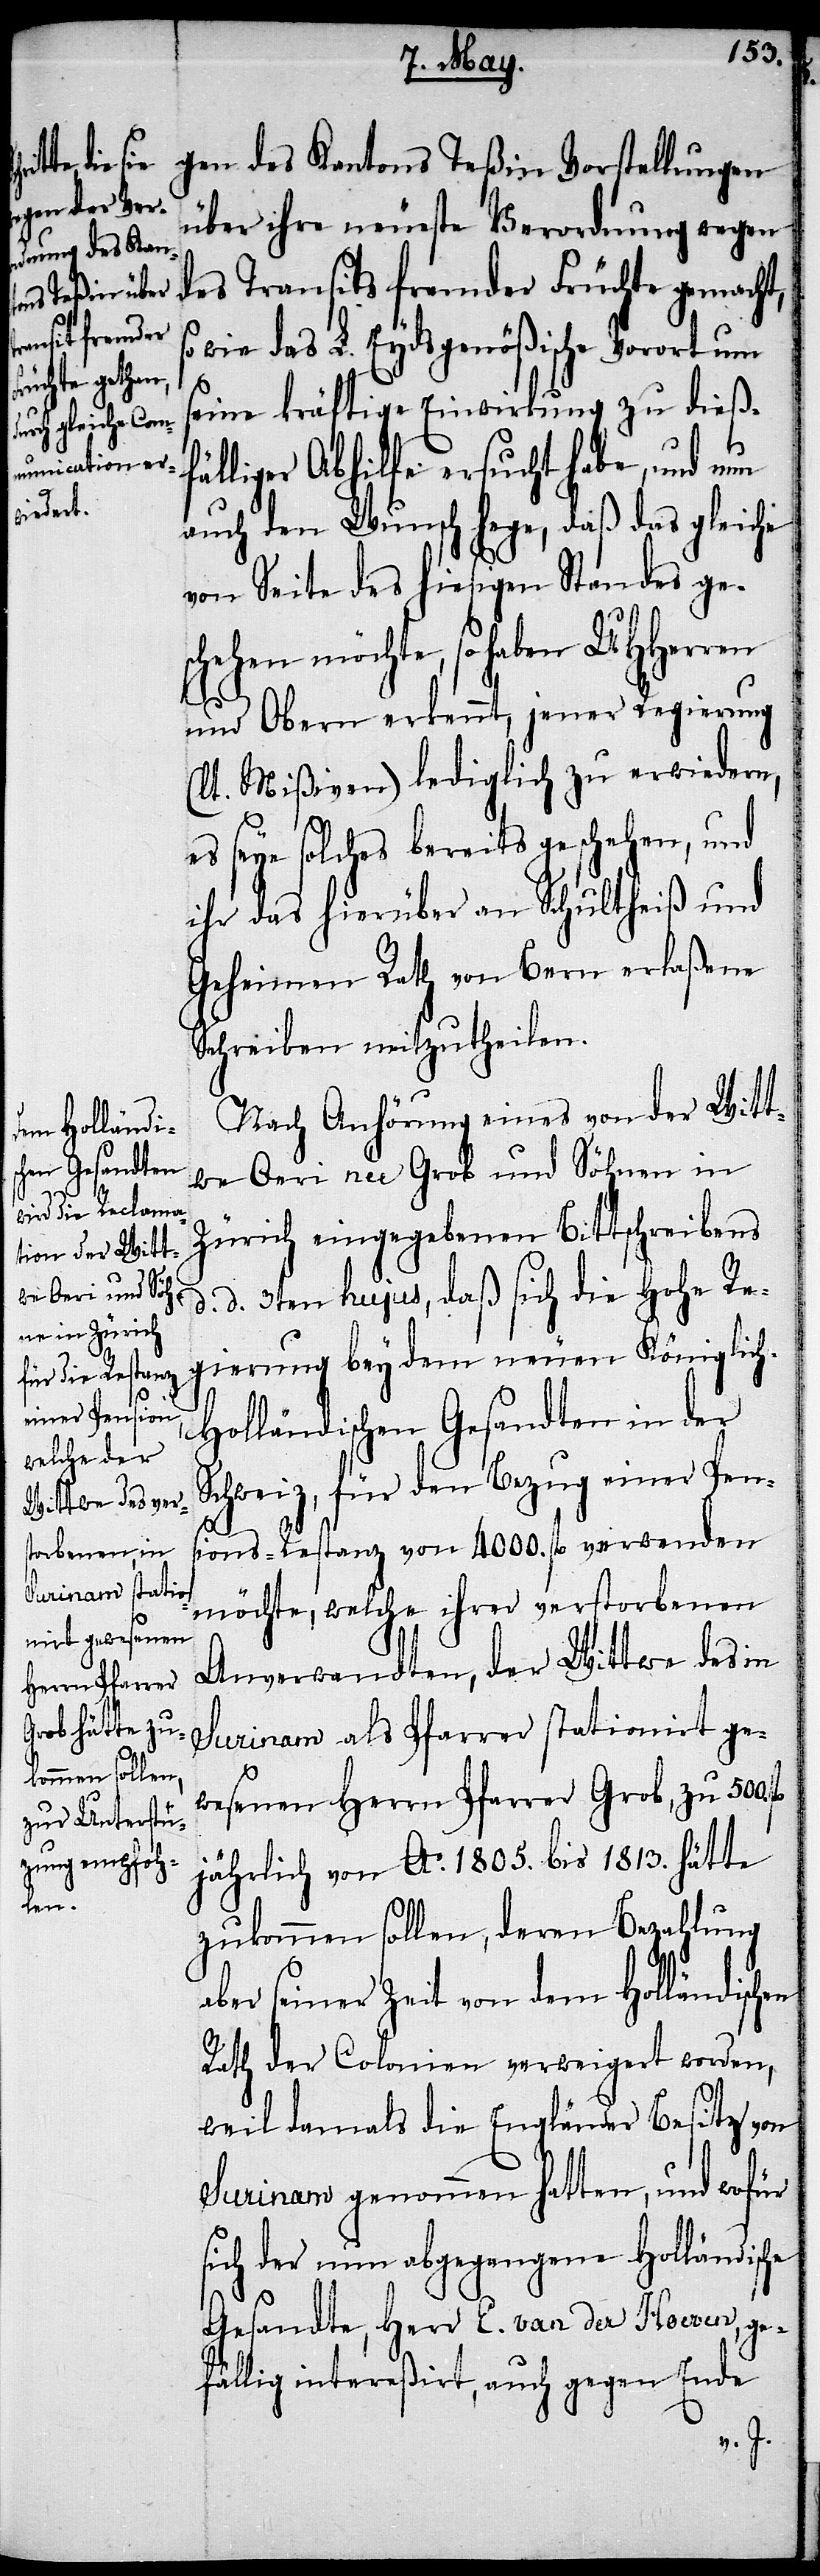
en

gen des Kantons Teßin Vorstellungen
über ihre neueste Verordnung wegen
des Transits fremder Früchte gemacht,
wie das L. Eydsgenößische Vorort um
seine kräftige Einwirkung zu dießf¬
älliger Abhilfe ersucht habe, und nun
auch den Wunsch hege, daß das gleiche
von Seite des hiesigen Standes ges¬
chehen möchte, so haben UHHerren
und Obern erkennt, jener Regierung
(lt. Mißiven) lediglich zu erwiedern,
es seye solches bereits geschehen, und
ihr das hierüber an Schultheiß und
Geheimen Rath von Bern erlaßene
Schreiben mitzutheilen.
Nach Anhörung eines von der Witt¬
we Oeri née Grob und Söhnen in
Zürich eingegebenen Bittschreibens
d. 3ten hujus, daß sich die Hohe Re¬
gierung bey dem neuen Königlic¬
h-Holländischen Gesandten in der
Schweiz, für den Bezug einer Pen¬
sions-Restanz von 4000. fl. verwenden
möchte, welche ihrer verstorbenen
Anverwandten, der Wittwe das in
Surinam als Pfarrer stationirt ge¬
d.
wesenen Herrn Pfarrer Grob, zu 500.
jährlich von Ao. 1805. bis 1813. hätte
zukommen sollen, deren Bezahlung
ber seiner Zeit von dem Holländisch¬
Rath der Colonien verweigert worden,
weil damals die Engländer Besitz von
Surinam genommen hatten, und wofür
sich der nun abgegangene Holländische
Gesandte, Herr E. van der Hoeven, ge¬
fällig intereßirt, auch gegen Ende